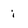
Character: i